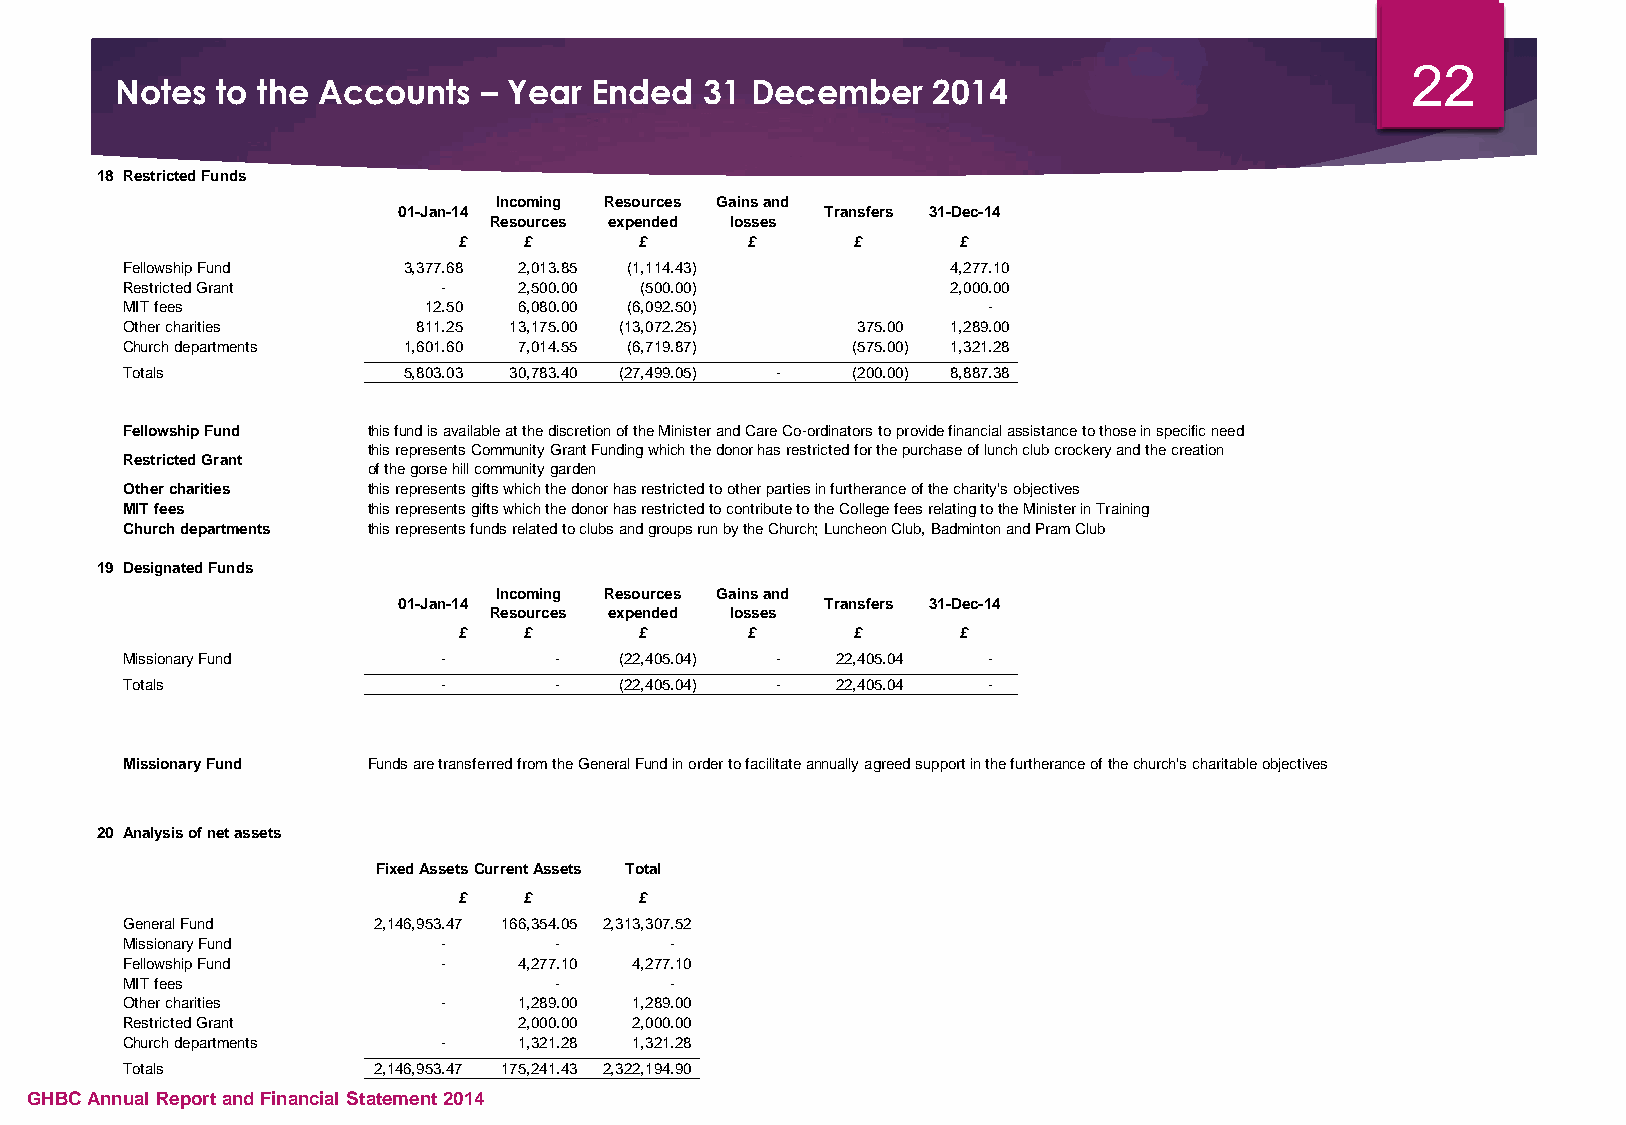
22
 Notes to the Accounts   – Year Ended   31 December    2014
 18 Restricted Funds
 Incoming Resources Gains and
 01-Jan-14                   Transfers 31-Dec-14
 Resources expended losses
 £    £      £      £      £      £
 Fellowship Fund    3 ,377.68 2,013.85 (1,114.43)       4,277.10
 Restricted Grant     -    2,500.00 (500.00)            2,000.00
 MIT fees            1 2.50 6,080.00 (6,092.50)           -
 Other charities     8 11.25 13,175.00 (13,072.25) 375.00 1,289.00
 Church departments 1 ,601.60 7,014.55 (6,719.87) (575.00) 1,321.28
 Totals             5 ,803.03 30,783.40 (27,499.05) - (200.00) 8,887.38
 Fellowship Fund this fund is available at the discretion of the Minister and Care Co-ordinators to provide financial assistance to those in specific need
 this represents Community Grant Funding which the donor has restricted for the purchase of lunch club crockery and the creation
 Restricted Grant
 of the gorse hill community garden
 Other charities this represents gifts which the donor has restricted to other parties in furtherance of the charity's objectives
 MIT fees        this represents gifts which the donor has restricted to contribute to the College fees relating to the Minister in Training
 Church departments this represents funds related to clubs and groups run by the Church; Luncheon Club, Badminton and Pram Club
 19 Designated Funds
 Incoming Resources Gains and
 01-Jan-14                   Transfers 31-Dec-14
 Resources expended losses
 £    £      £      £      £      £
 Missionary Fund      -       -   (22,405.04) - 22,405.04 -
 Totals               -       -   (22,405.04) - 22,405.04 -
 Missionary Fund Funds are transferred from the General Fund in order to facilitate annually agreed support in the furtherance of the church's charitable objectives
 20 Analysis of net assets
 Fixed AssetsCurrent Assets Total
 £    £      £
 General Fund     2 ,146,953.47 1 66,354.05 2 ,313,307.52
 Missionary Fund      -       -      -
 Fellowship Fund      -    4 ,277.10 4 ,277.10
 MIT fees                     -      -
 Other charities      -    1 ,289.00 1 ,289.00
 Restricted Grant          2 ,000.00 2 ,000.00
 Church departments   -    1 ,321.28 1 ,321.28
 Totals           2 ,146,953.47 175,241.43 2 ,322,194.90
 GHBC Annual Report and Financial Statement 2014